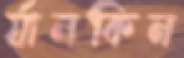
র‍্যানকিন